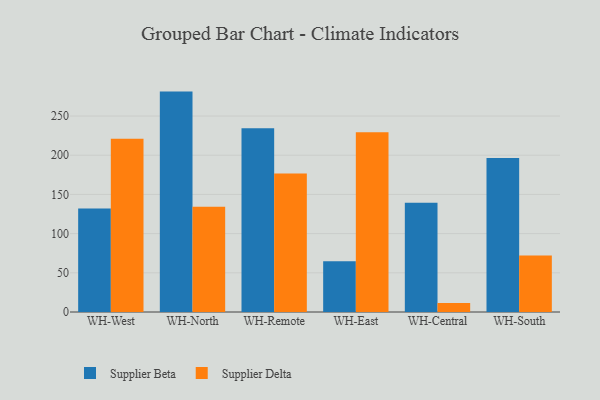
{"axis": {"x": "Warehouse", "y": "Satisfaction Score"}, "legend": ["Supplier Beta", "Supplier Delta"], "data": [{"x": "WH-West", "y": 131.9, "type": "Supplier Beta"}, {"x": "WH-West", "y": 221.1, "type": "Supplier Delta"}, {"x": "WH-North", "y": 281.2, "type": "Supplier Beta"}, {"x": "WH-North", "y": 134.2, "type": "Supplier Delta"}, {"x": "WH-Remote", "y": 234.4, "type": "Supplier Beta"}, {"x": "WH-Remote", "y": 176.8, "type": "Supplier Delta"}, {"x": "WH-East", "y": 64.7, "type": "Supplier Beta"}, {"x": "WH-East", "y": 229.2, "type": "Supplier Delta"}, {"x": "WH-Central", "y": 139.5, "type": "Supplier Beta"}, {"x": "WH-Central", "y": 11.4, "type": "Supplier Delta"}, {"x": "WH-South", "y": 196.6, "type": "Supplier Beta"}, {"x": "WH-South", "y": 72.1, "type": "Supplier Delta"}]}